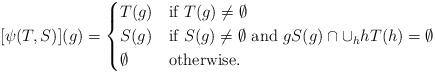
\begin{align*} [\psi(T,S)](g) = \begin{cases} T(g)&\mbox{if }T(g) \neq \emptyset\\ S(g)&\mbox{if }S(g) \neq \emptyset\mbox{ and }g S(g) \cap \cup_h h T(h) = \emptyset\\ \emptyset&\mbox{otherwise}. \end{cases}\end{align*}